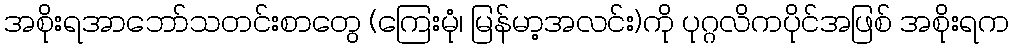
အစိုးရအာဘော်သတင်းစာတွေ (ကြေးမုံ၊ မြန်မာ့အလင်း)ကို ပုဂ္ဂလိကပိုင်အဖြစ် အစိုးရက